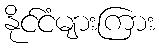
နိုင်ငံများကြား